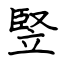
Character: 竪